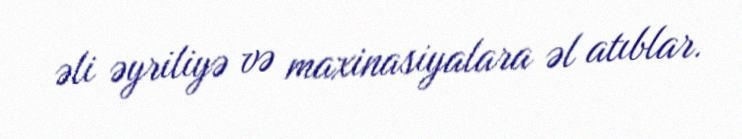
əli əyriliyə və maxinasiyalara əl atıblar.